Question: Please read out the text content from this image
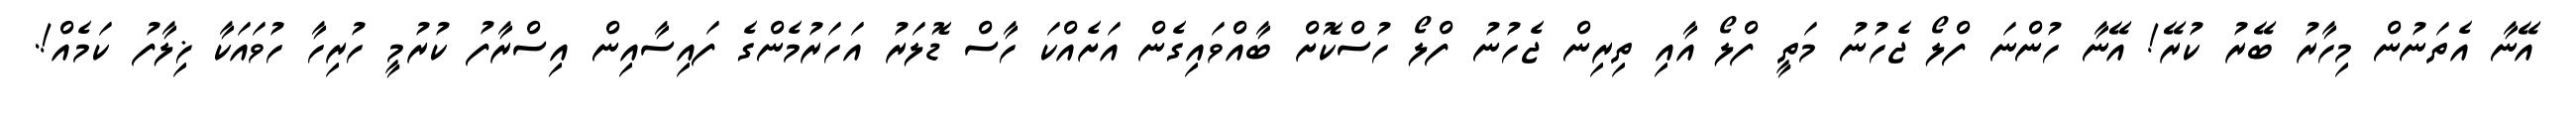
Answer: އޭނާ އެތަނުން މިހާރު ބޭރު ކުރޭ! އޭނާ ހުންނަ ފްލޯ ޖެހުނު މަތީ ފްލޯ އާއި ތިރިން ޖެހުނު ފްލޯ ހުސްކޮށް ބާއްވައިގެން އަށެއްކަ ހާސް ޑޮލަރު އަހަރުމެންގެ ފައިސާއިން އިސްރާފު ކުރުމީ ހުރިހާ ހުވައަކާ ޚިލާފު ކަމެއް!.